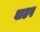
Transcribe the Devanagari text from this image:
वाढप